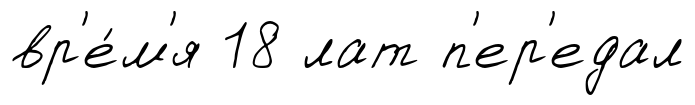
вр'е́м'я 18 лат п'ер'едал